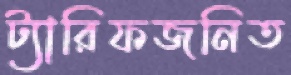
ট্যারিফজনিত